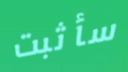
سأثبت